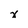
Character: x